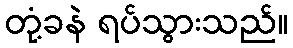
တုံ့ခနဲ ရပ်သွားသည်။